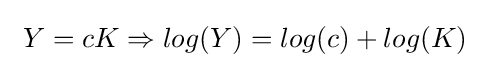
\ Y=cK\Rightarrow log(Y)=log(c)+log(K)